Annual administration report of the Civil Veterinary Department of India - 1906-1907
Year: 1906
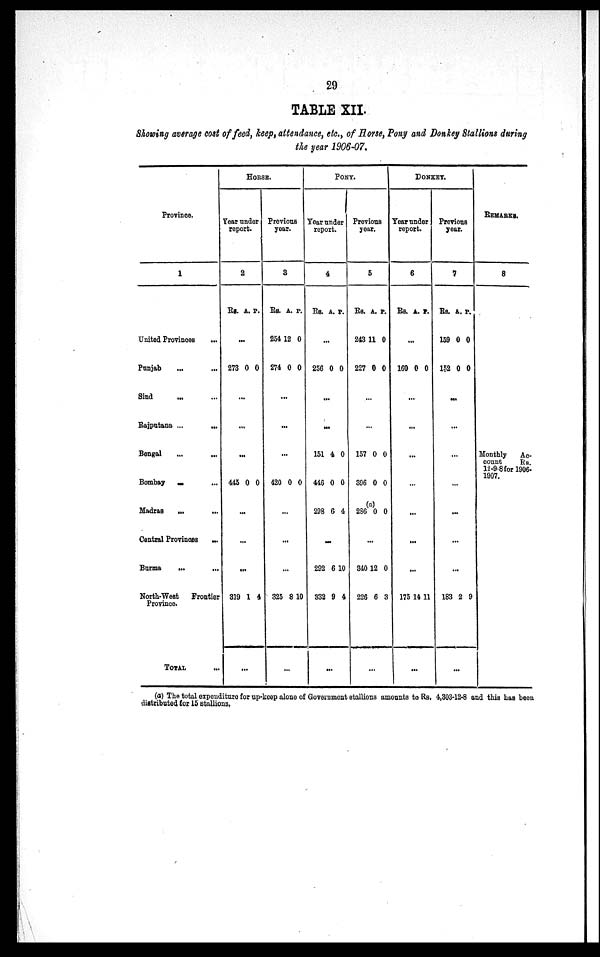
29
TABLE XII.
Showing average cost of feed, keep, attendance, etc., of Horse, Pony and Donkey Stallions during
the year 1906-07.
Province.
1
United Provinces
...
Punjab ... ...
Sind ... ...
Rajputana ...
...
Bengal ... ...
Bombay ... ...
Madras
... ...
Central Provinces ...
Burma
...
...
North-West
Frontier
Province.
TOTAL ...
HORSE
Year under
report.
2
Rs.
...
273
445
...
...
...
319
A.
0
...
...
...
0
1
P.
0
0
4
Previous
year.
3
Rs.
254
274
420
325
A.
12
0
...
...
...
0
...
...
...
8
...
P.
0
0
0
10
PONY.
Year under
report.
4
Rs.
256
151
446
298
...
292
332
...
A.
...
0
...
...
4
0
6
6
9
P.
0
0
0
4
10
4
Previous
year.
5
Rs.
243
227
157
396
(a)
286
340
226
...
A.
11
0
...
...
0
0
0
...
12
6
P.
0
0
0
0
0
0
3
DONKY.
Year under
report.
6
Rs.
160
175
...
A.
...
0
...
...
...
...
...
...
...
14
P.
0
11
Previous
year.
7
Rs.
159
152
183
A.
0
0
...
...
...
...
...
...
...
2
...
P.
0
0
9
REMARKS.
8
Monthly Ac-
count
Rs.
12-9-8 for 1906-
1907.
(a) The total expenditure for up-keep alone of Government stallions amounts to Rs. 4,303-12-8 and this has been
distributed for 15 stallions.